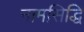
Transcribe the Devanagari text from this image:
नामसिद्धि